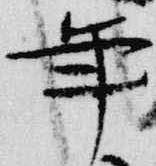
年